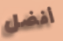
أفضل